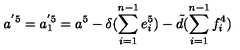
a ^ { ' 5 } = a _ { 1 } ^ { ' 5 } = a ^ { 5 } - \delta ( \sum _ { i = 1 } ^ { n - 1 } e _ { i } ^ { 5 } ) - \tilde { d } ( \sum _ { i = 1 } ^ { n - 1 } f _ { i } ^ { 4 } )